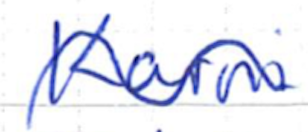
Text: Karni
Cross-out: wave
Writing tool: ballpoint